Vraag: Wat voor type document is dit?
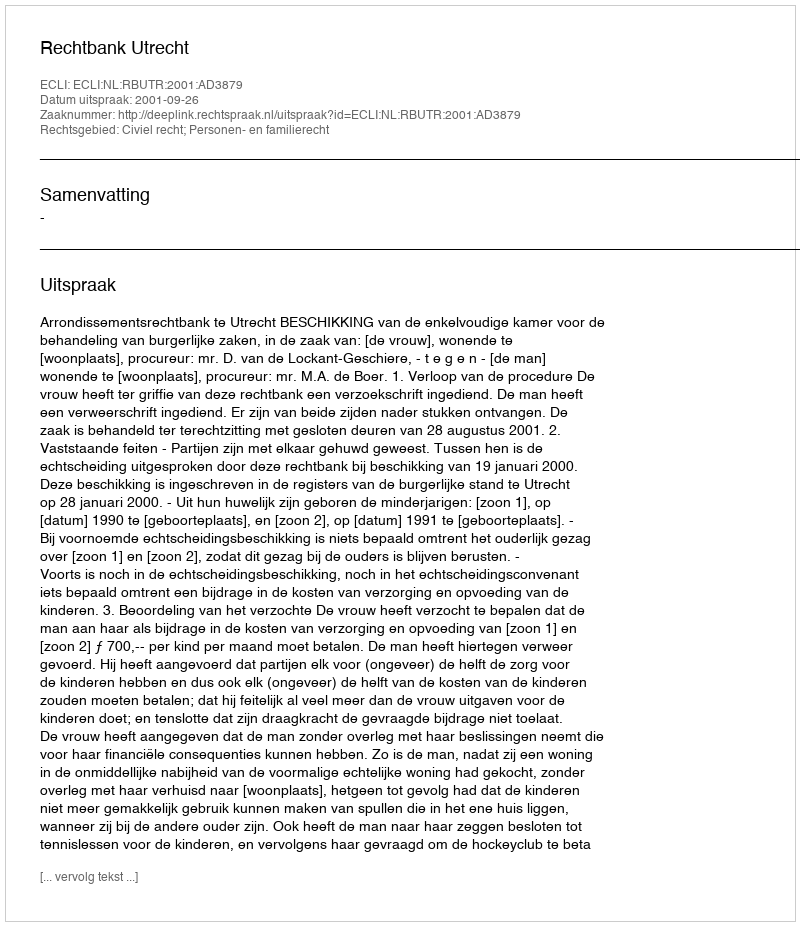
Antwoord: Uitspraak